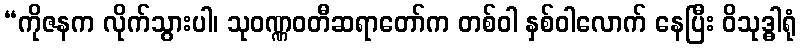
“ကိုဇနက လိုက်သွားပါ၊ သုဝဏ္ဏဝတီဆရာတော်က တစ်ဝါ နှစ်ဝါလောက် နေပြီး ဝိသုဒ္ဓါရုံ